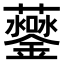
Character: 𧅒